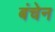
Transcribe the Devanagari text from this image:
बंचेन